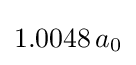
1.0048\,a_{0}